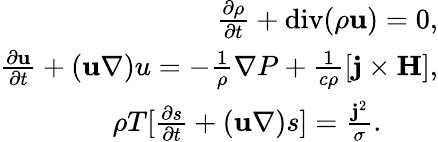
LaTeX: \begin{array}{r}{\frac{\partial\rho}{\partial t}+\mathrm{div}(\rho{\mathbf u})=0,}\\ {\frac{\partial{\mathbf u}}{\partial t}+({\mathbf u\nabla)u}=-\frac{1}{\rho}{\mathbf\nabla}P+\frac{1}{c\rho}[{\mathbf{j\times H}}],}\\ {\rho T[\frac{\partial{s}}{\partial t}+({\mathbf u\nabla)}s]=\frac{{\mathbf j}^{2}}{\sigma}.\qquad}\end{array}